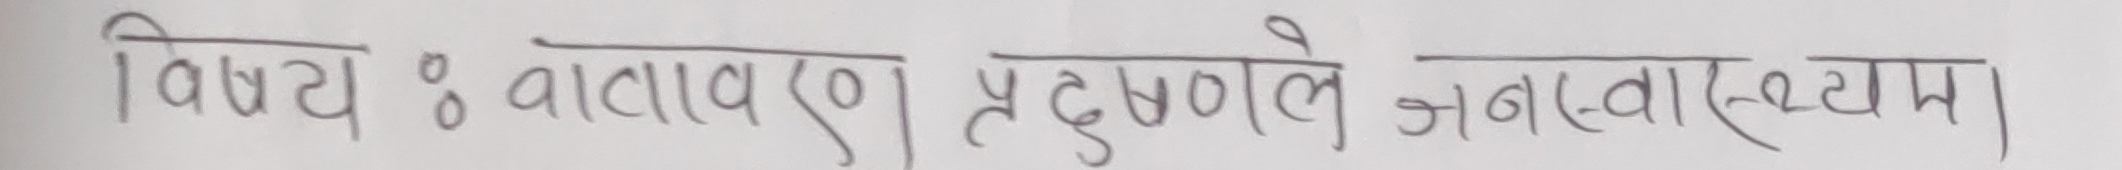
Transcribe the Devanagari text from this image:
विषयः वातावरण प्रदूषणे जनस्वास्थ्यम्